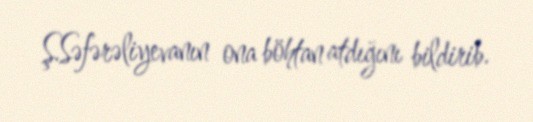
Ş.Səfərəliyevanın ona böhtan atdığını bildirib.